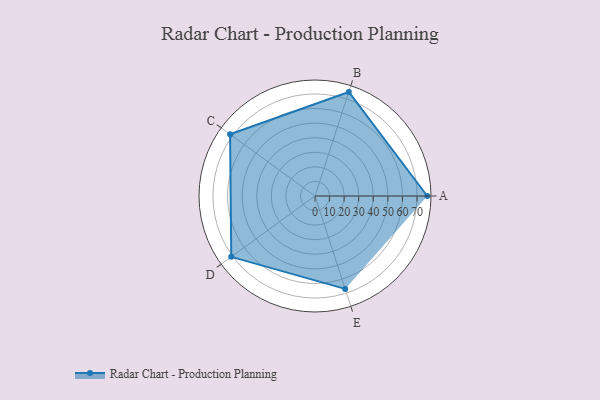
{"axis": {"x": "Skill", "y": "Score"}, "legend": ["Profile"], "data": [{"x": "A", "y": 77.0, "type": "Profile"}, {"x": "B", "y": 75.0, "type": "Profile"}, {"x": "C", "y": 72.0, "type": "Profile"}, {"x": "D", "y": 71.0, "type": "Profile"}, {"x": "E", "y": 67.0, "type": "Profile"}]}